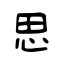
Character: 思